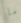
ما